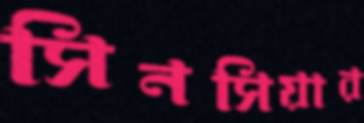
সিনসিয়ার